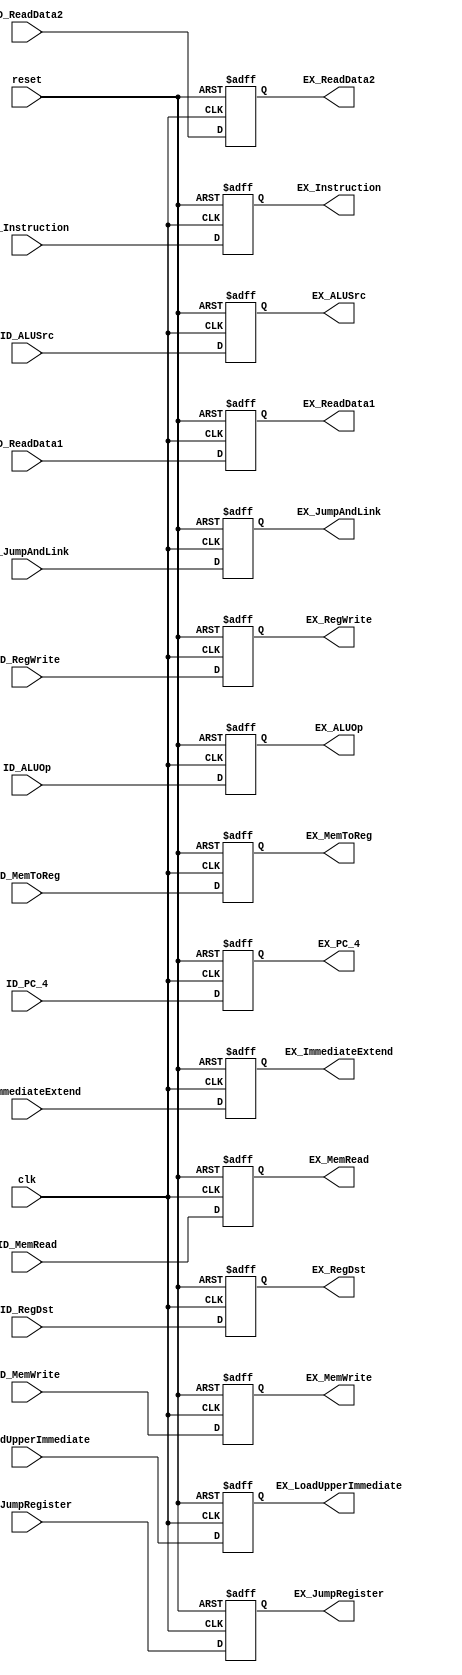
module ID_EX_Register 
(
    input clk,
    input reset,
    input ID_JumpRegister,
    input ID_RegDst,
    input [31:0] ID_ReadData1,
	 input [31:0] ID_ImmediateExtend,
    input [2:0] ID_ALUOp,
    input ID_ALUSrc,
    input [31:0] ID_ReadData2,
    input ID_MemToReg,
    input ID_MemWrite,
    input ID_MemRead,
    input ID_RegWrite,
    input ID_JumpAndLink,
    input ID_LoadUpperImmediate,
    input [31:0] ID_Instruction,
    input [31:0] ID_PC_4,
	 output EX_JumpRegister,
    output EX_RegDst,
    output [31:0] EX_ReadData1,
	 output [31:0] EX_ImmediateExtend,
    output [2:0] EX_ALUOp,
    output EX_ALUSrc,
    output [31:0] EX_ReadData2,
    output EX_MemToReg,
    output EX_MemWrite,
    output EX_MemRead,
    output EX_RegWrite,
    output EX_JumpAndLink,
    output EX_LoadUpperImmediate,
    output [31:0] EX_Instruction,
    output [31:0] EX_PC_4
);

reg JumpRegister;
reg RegDst;
reg [31:0] ReadData1;
reg [31:0] ImmediateExtend;
reg [2:0] ALUOp;
reg ALUSrc;
reg [31:0] ReadData2;
reg MemToReg;
reg MemWrite;
reg MemRead;
reg RegWrite;
reg JumpAndLink;
reg LoadUpperImmediate;
reg [31:0] Instruction;
reg [31:0] PC_4;

assign EX_JumpRegister = JumpRegister;
assign EX_RegDst = RegDst;
assign EX_ReadData1 = ReadData1;
assign EX_ImmediateExtend = ImmediateExtend;
assign EX_ALUOp = ALUOp;
assign EX_ALUSrc = ALUSrc;
assign EX_ReadData2 = ReadData2;
assign EX_MemToReg = MemToReg;
assign EX_MemWrite = MemWrite;
assign EX_MemRead = MemRead;
assign EX_RegWrite = RegWrite;
assign EX_JumpAndLink = JumpAndLink;
assign EX_LoadUpperImmediate = LoadUpperImmediate;
assign EX_Instruction = Instruction;
assign EX_PC_4 = PC_4;

always @(negedge reset or posedge clk) begin
    if (!reset)
	   begin
        JumpRegister <= 1'b0;
        RegDst <= 1'b0;
        ReadData1 <= 32'b0;
        ImmediateExtend <= 32'b0;
        ALUOp <= 3'b0;
        ALUSrc <= 1'b0;
        ReadData2 <= 32'b0;
        MemToReg <= 1'b0;
        MemWrite <= 1'b0;
        MemRead <= 1'b0;
        RegWrite <= 1'b0;
        JumpAndLink <= 1'b0;
        LoadUpperImmediate <= 1'b0;
        Instruction <= 32'b0;
        PC_4 <= 32'b0;
      end
	 else
	   begin
	     JumpRegister <= ID_JumpRegister;
        RegDst <= ID_RegDst;
        ReadData1 <= ID_ReadData1;
        ImmediateExtend <= ID_ImmediateExtend;
        ALUOp <= ID_ALUOp;
        ALUSrc <= ID_ALUSrc;
        ReadData2 <= ID_ReadData2;
        MemToReg <= ID_MemToReg;
        MemWrite <= ID_MemWrite;
        MemRead <= ID_MemRead;
        RegWrite <= ID_RegWrite;
        JumpAndLink <= ID_JumpAndLink;
        LoadUpperImmediate <= ID_LoadUpperImmediate;
        Instruction <= ID_Instruction;
        PC_4 <= ID_PC_4;
		end
end

endmodule